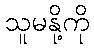
သူမနို့ကို